Report on the lunatic asylums under the Government of Bombay - 1904-1913
Year: 1904
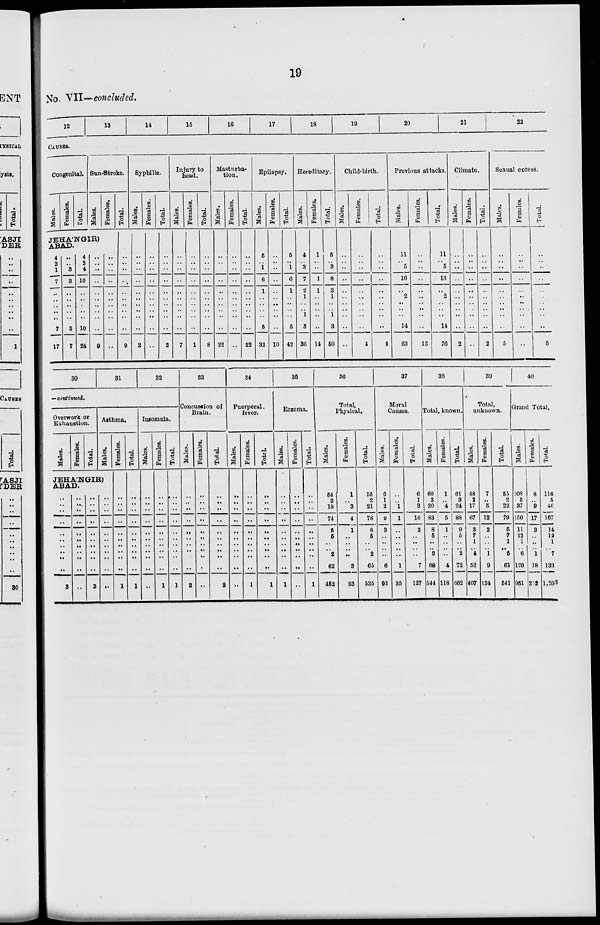
19
No. VII—concluded.
12
13
14
15
16
17
18
19
20
21
22
CAUSES.
Congenital.
Males.
Females.
Total.
Sun-Stroke.
Males.
Females.
JEHA'NGIR)
ABAD.
4
2
1
7
..
..
..
..
..
7
17
..
..
3
3
..
..
..
..
..
3
7
4
2
4
10
..
..
..
..
..
10
24
..
..
..
..
..
..
..
..
..
..
9
..
..
..
..
..
..
..
..
..
..
..
Total.
..
..
..
..
..
..
..
..
..
..
9
Syphilis.
Males.
..
..
..
..
..
..
..
..
..
..
2
Females.
..
..
..
..
..
..
..
..
..
..
..
Total.
..
..
..
..
..
..
..
..
..
..
2
Injury to
head.
Males.
..
..
..
..
..
..
..
..
..
..
7
Females.
..
..
..
..
..
..
..
..
..
..
1
Total.
..
..
..
..
..
..
..
..
..
..
8
Masturba-
tion.
Males.
..
..
..
..
..
..
..
..
..
..
22
Females.
..
..
..
..
..
..
..
..
..
..
..
Total.
..
..
..
..
..
..
..
..
..
..
22
Epilepsy.
Males.
5
..
1
6
1
..
..
..
..
5
32
Females.
..
..
..
..
..
..
..
..
..
..
10
Total.
5
..
1
6
1
..
..
..
..
5
42
Hereditary.
Males.
4
..
3
7
2
1
..
.. 1
3
36
Females.
1
..
..
1
1
..
..
..
..
..
14
Total.
5
..
3
8
3
1
..
.. 1
3
50
Child-birth.
Males.
..
..
..
..
..
..
..
..
..
..
..
Females.
..
..
..
..
..
..
..
..
..
..
4
Total.
..
..
..
..
..
..
..
..
..
..
1
Previous attacks.
Males.
11
..
5
16
..
2
..
..
..
14
63
Females.
..
..
..
..
..
..
..
..
..
..
13
Total.
11
..
5
16
..
2
..
..
..
14
76
Climate.
Males.
..
..
..
..
..
..
..
..
..
..
2
Females.
..
..
..
..
..
..
..
..
..
..
..
Total.
..
..
..
..
..
..
..
..
..
..
2
Sexual excess.
Males.
..
..
..
..
..
..
..
..
..
..
5
Females.
..
..
..
..
..
..
..
..
..
..
..
Total.
..
..
..
..
..
..
..
..
..
..
5
30
31
32
—continued.
Overwork or
Exhaustion.
Males.
Females.
Total.
Asthma.
Males.
JEHA'NGIR)
ABAD.
..
..
..
..
..
..
..
..
..
..
3
..
..
..
..
..
..
..
..
..
..
..
..
..
..
..
..
..
..
..
..
..
3
..
..
..
..
..
..
..
..
..
..
..
Females.
..
..
..
..
..
..
..
..
..
..
1
Total.
..
..
..
..
..
..
..
..
..
..
1
Insomnia.
Males.
..
..
..
..
..
..
..
..
..
..
..
Females.
..
..
..
..
..
..
..
..
..
..
1
Total.
..
..
..
..
..
..
..
..
..
..
1
33
Concussion of
Brain.
Males.
..
..
..
..
..
..
..
..
..
..
2
Females.
..
..
..
..
..
..
..
..
..
..
..
Total.
..
..
..
..
..
..
..
..
..
..
2
34
Puerperal.
fever.
Males.
..
..
..
..
..
..
..
..
..
..
..
Females.
..
..
..
..
..
..
..
..
..
..
1
Total.
..
..
..
..
..
..
..
..
..
..
1
35
Eozema.
Males.
..
..
..
..
..
..
..
..
..
..
1
Females.
..
..
..
..
..
..
..
..
..
..
..
Total.
..
..
..
..
..
..
..
..
..
..
1
36
Total,
Physical.
Males.
54
2
18
74
5
5
..
..
2
62
452
Females.
1
.. 3
4
1
..
..
..
..
3
83
Total.
55
2
21
78
6
5
..
.. 2
65
535
37
Moral
Causes.
Males.
6
1
2
9
3
..
..
..
..
6
93
Females.
..
..
1
1
..
..
..
..
..
1
35
Total
6
1
3
10
3
..
..
..
..
7
127
38
Total, known.
Males.
60
3
20
83
8
5
..
.. 2
68
544
Females.
1
..
4
5
1
..
..
.. ..
4
118
Total.
61
3
24
88
9
5
..
.. 2
72
862
39
Total,
unknown.
Males.
48
2
17
67
3
7
1
.. 4
52
407
Females.
7
..
5
12
2
..
..
..
1
9
134
Total.
55
2
22
79
5
7
1
.. 5
61
541
40
Grand Total.
Males.
108
5
37
150
11
12
1
.. 6
120
951
Females.
8
..
9
17
3
..
..
.. 1
18
252
Total.
116
5
46
167
14
12
1
.. 7
133
1,203